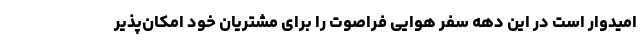
امیدوار است در این دهه سفر هوایی فراصوت را برای مشتریان خود امکان‌پذیر